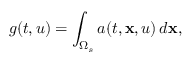
g ( t , u ) = \int _ { \Omega _ { s } } a ( t , \mathbf { x } , u ) \, d \mathbf { x } ,